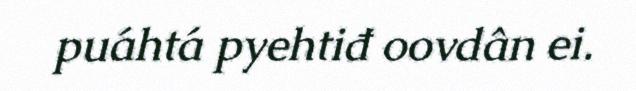
puáhtá pyehtiđ oovdân ei.